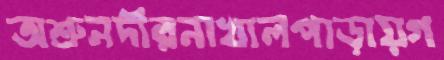
অশ্রুনদীরনাখালপাড়ায়গ